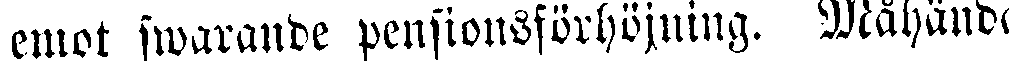
emot swarande pensionsförhöjning. Måhända